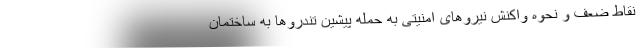
نقاط ضعف و نحوه واکنش نیروهای امنیتی به حمله پیشین تندروها به ساختمان